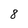
Character: 8